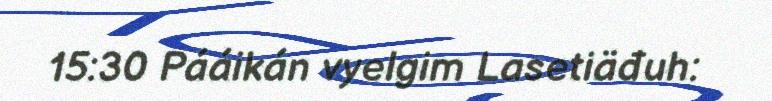
15:30 Pááikán vyelgim Lasetiäđuh: